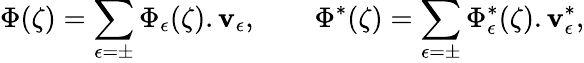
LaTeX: \Phi(\zeta)=\sum_{\epsilon=\pm}\Phi_{\epsilon}(\zeta).\mathbf{v}_{\epsilon},\qquad\Phi^{*}(\zeta)=\sum_{\epsilon=\pm}\Phi_{\epsilon}^{*}(\zeta).\mathbf{v}_{\epsilon}^{*},